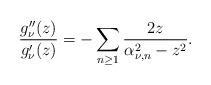
LaTeX: \begin{align*}\frac{g_{\nu}''(z)}{g_{\nu}'(z)}=-\sum_{n\geq1}\frac{2z}{\alpha_{\nu,n}^2-z^2}.\end{align*}